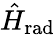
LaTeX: \hat{H}_{\mathrm{rad}}